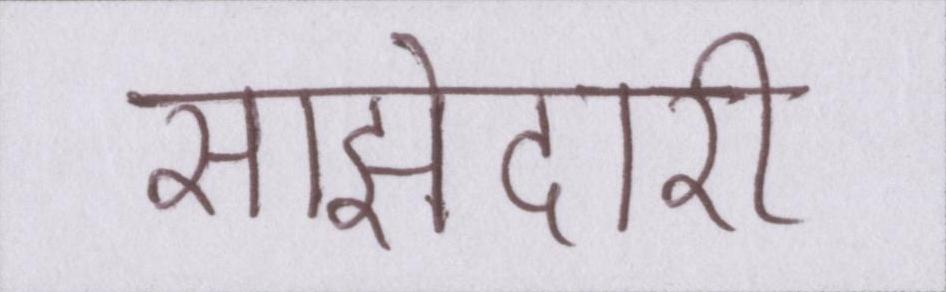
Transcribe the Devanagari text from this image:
साझेदारी